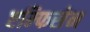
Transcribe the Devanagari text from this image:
एम्फिसेन